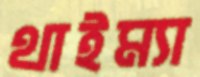
থাইম্যা